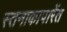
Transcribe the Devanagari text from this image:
स्तनाकापारेंत